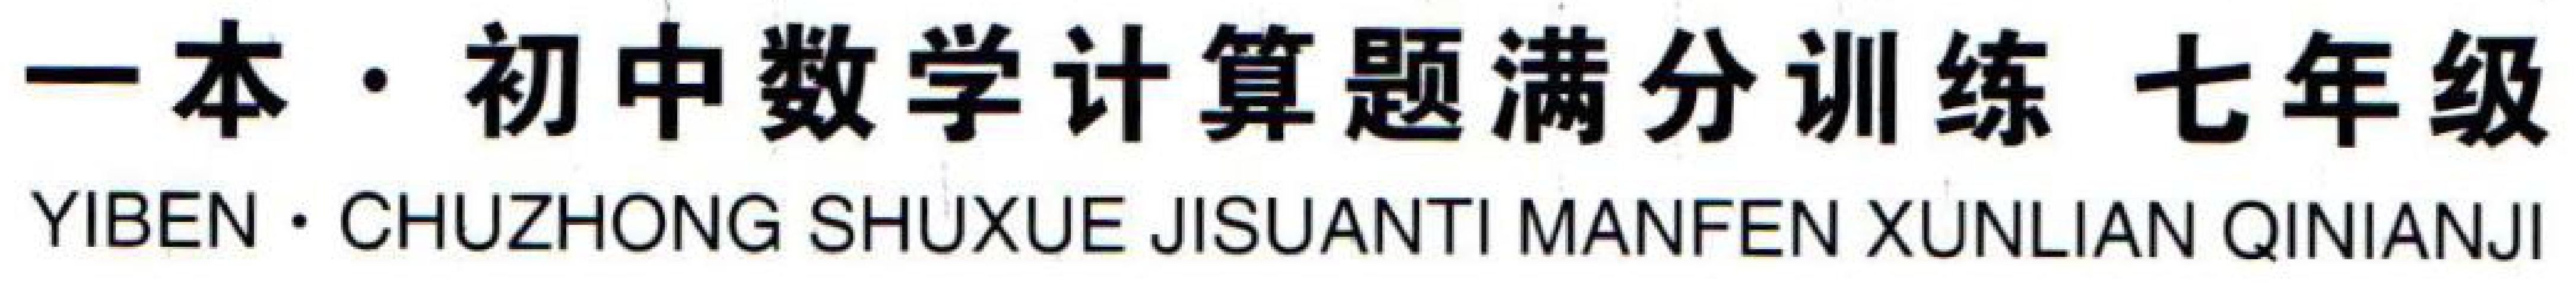
一本·初中数学计算题满分训练 七年级
YIBEN·CHUZHONG SHUXUE JISUANTI MANFEN XUNLIAN QINIANJI